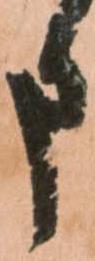
申